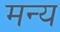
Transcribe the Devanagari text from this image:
मन्य